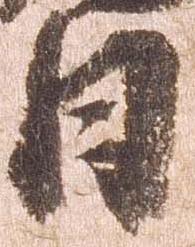
日